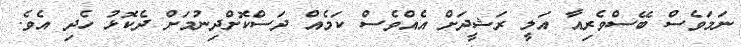
ނަމަވެސް ބޭސްވެރިއާ އަލީ ރަޝީދަށް އެއްވެސް ކަމެއް ދަސްކޮށްދިނުމަށް ދެކޮޅު ހެދި އެވެ.